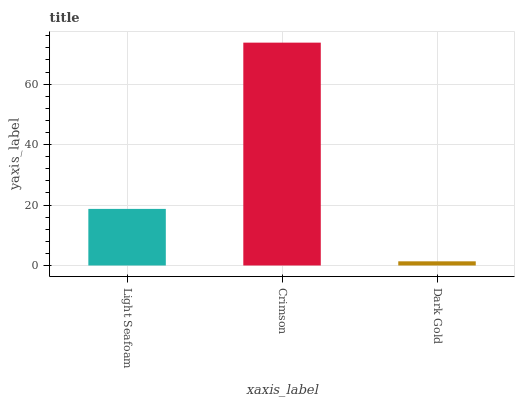
| xaxis_label | bars |
 | --- | --- |
 | Light Seafoam | 18.7 |
 | Crimson | 73.7 |
 | Dark Gold | 1.38 |